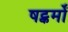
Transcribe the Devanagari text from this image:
षट्कर्मों